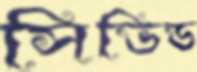
সিভিড